Statistical return of the lunatic asylum in Assam - 1912-1932
Year: 1912
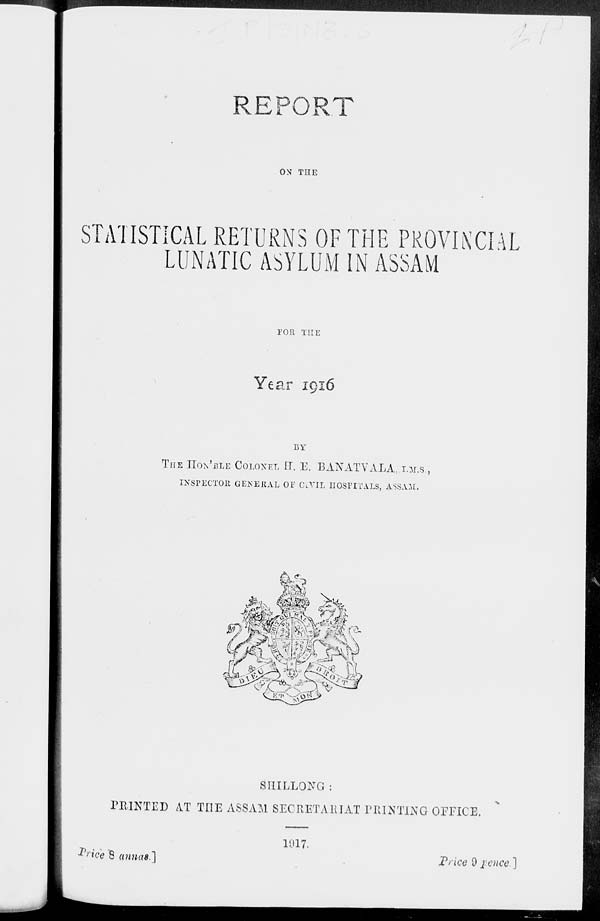
IT
ON THE
STATISTICAL RETURNS OF THE PROVINCIAL
LUNATIC ASYLUM IN ASSAM
FOR THE
Year 1916
BY
THE HOBBLE COLONEL IT. E. BANATVALA,.I.M.S.,
INSPECTOR GENERAL OF OiVIL HOSPITALS, ASSAM.
1M
&^ mm J&k
SIIILLONG :
PRINTED AT TOE ASSAM SECRETARIAT PRINTING OFFICE.
Price 8 anna8.]
1917.
PWc* 0 j?e»C0.]